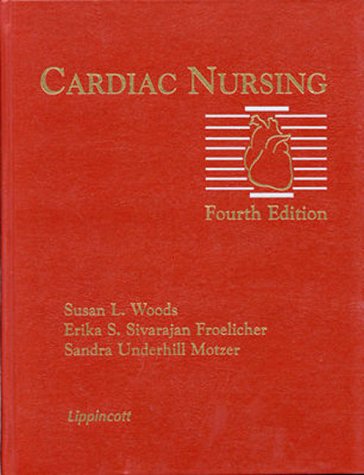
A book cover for Cardiac Nursing; Medical Books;